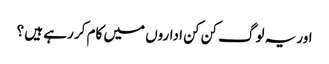
اور یہ لوگ کن کن اداروں میں کام کر رہے ہیں ؟